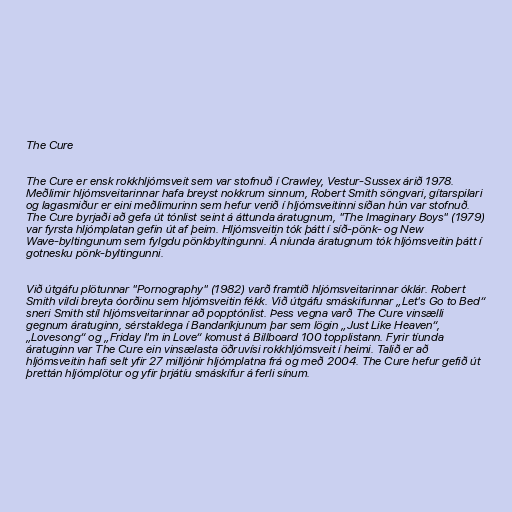
The Cure

The Cure er ensk rokkhljómsveit sem var stofnuð í Crawley, Vestur-Sussex árið 1978.
Meðlimir hljómsveitarinnar hafa breyst nokkrum sinnum, Robert Smith söngvari, gítarspilari
og lagasmiður er eini meðlimurinn sem hefur verið í hljómsveitinni síðan hún var stofnuð.
The Cure byrjaði að gefa út tónlist seint á áttunda áratugnum, "The Imaginary Boys" (1979)
var fyrsta hljómplatan gefin út af þeim. Hljómsveitin tók þátt í síð-pönk- og New
Wave-byltingunum sem fylgdu pönkbyltingunni. Á níunda áratugnum tók hljómsveitin þátt í
gotnesku pönk-byltingunni.

Við útgáfu plötunnar "Pornography" (1982) varð framtíð hljómsveitarinnar óklár. Robert
Smith vildi breyta óorðinu sem hljómsveitin fékk. Við útgáfu smáskifunnar „Let's Go to Bed“
sneri Smith stíl hljómsveitarinnar að popptónlist. Þess vegna varð The Cure vinsælli
gegnum áratuginn, sérstaklega í Bandaríkjunum þar sem lögin „Just Like Heaven“,
„Lovesong“ og „Friday I'm in Love“ komust á Billboard 100 topplistann. Fyrir tíunda
áratuginn var The Cure ein vinsælasta öðruvísi rokkhljómsveit í heimi. Talið er að
hljómsveitin hafi selt yfir 27 milljónir hljómplatna frá og með 2004. The Cure hefur gefið út
þrettán hljómplötur og yfir þrjátíu smáskífur á ferli sínum.